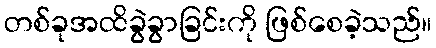
တစ်ခုအထိခွဲခွာခြင်းကို ဖြစ်စေခဲ့သည်။